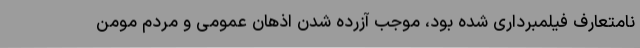
نامتعارف فیلمبرداری شده بود، موجب آزرده شدن اذهان عمومی و مردم مومن